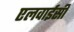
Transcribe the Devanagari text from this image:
एलवाईसी